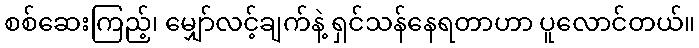
စစ်ဆေးကြည့်၊ မျှော်လင့်ချက်နဲ့ ရှင်သန်နေရတာဟာ ပူလောင်တယ်။